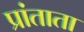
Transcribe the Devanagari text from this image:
प्रांताता